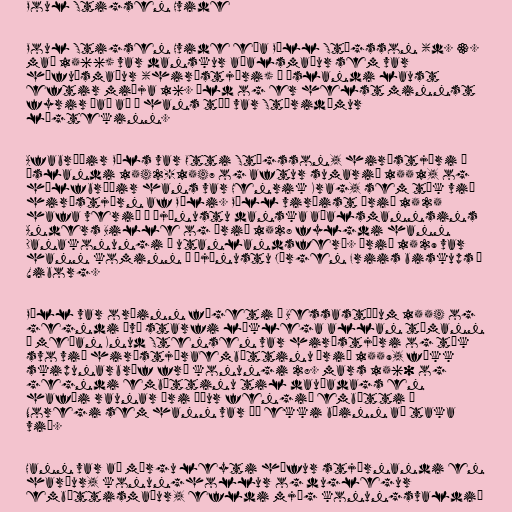
Poul Stigsen Hvide

Poul Stigsen Hvide eða Páll Stígsson (d. 3.
maí 1566) var danskur aðalsmaður sem var
höfuðsmaður (hirðstjóri) á Íslandi laust
eftir miðja 16. öld og er helst minnst
fyrir það að í hans tíð var Stóridómur
lögtekinn.

Afabróðir Páls var Otti Stígsson, hirðstjóri á
Íslandi 1542-1547 og aftur sumarið 1551, og
hálfbróðir hans var Henrik Krag, sem tók við
hirðstjórn af Páli. Páll virðist árið 1525
hafa verið í þjónustu danska aðalsmannsins
Anders Bille og árið 1528 fylgdi hann
Danakonungi í utanlandsferð. Árið 1529 var
hann kominn í þjónustu Jørgen Friis biskups í
Viborg.

Páll var orðinn fógeti á Bessastöðum 1554 og
gegndi því starfi líklega allan tímann
á meðan Knud Stensen var hirðstjóri og tók
svo við hirðstjóraembættinu árið 1559, fékk
skipunarbréf frá konungi 28. mars 1560 og
gegndi embættinu til dauðadags en
hafði raunar ári áður fengið embætti í
Noregi sem hann var þó ekki búinn að taka
við.

Hann var að mörgu leyti hæfur stjórnandi en
harður, konunghollur og duglegur
embættismaður, efldi mjög konungsvaldið